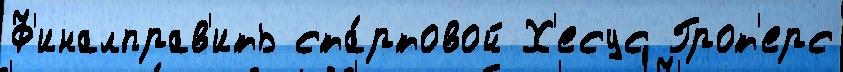
Ф'иналправ'ить ста́ртовой Х'есус Грот'ерс